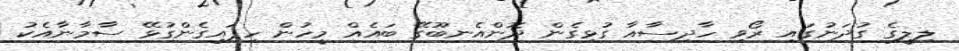
ލިލީގެ ގުދަނުގައި ރޯވި ހާދިސާއާ ގުޅިގެން ދޮންއެނބޫގޭ ބައެއް މީހުން ހިފައިގެންގުޅޭ ސާމާނާއެކު